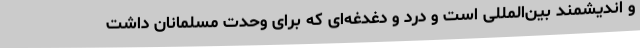
و اندیشمند بین‌المللی است و درد و دغدغه‌ای که برای وحدت مسلمانان داشت